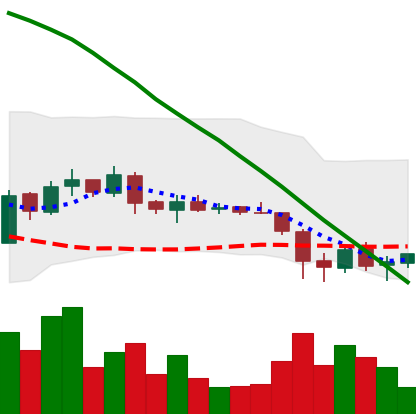
Ticker: ADA-USD
Chart end date: 2019-02-02
Forward return: -7.429%
Label: down_7plus